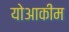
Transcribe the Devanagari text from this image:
योआकीम